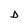
Character: D